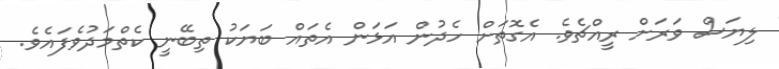
ލިޔަސް ވަރަށް ރީއްޗެެވެ. އެގޮތަށް ހެދުން އަޅަން އެތައް ބަޔަކު ތިބޭނީ ކެތްމަދުވެފައެވެ.